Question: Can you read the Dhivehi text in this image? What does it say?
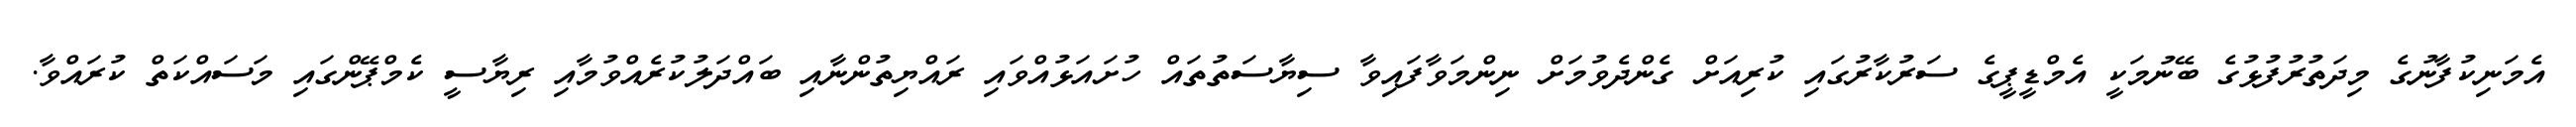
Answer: އެމަނިކުފާނުގެ މިދަތުރުފުޅުގެ ބޭނުމަކީ އެމްޑީޕީގެ ސަރުކާރުގައި ކުރިއަށް ގެންދެވުމަށް ނިންމަވާފައިވާ ސިޔާސަތުތައް ހުށައަޅުއްވައި ރައްޔިތުންނާއި ބައްދަލުކުރެއްވުމާއި ރިޔާސީ ކެމްޕޭންގައި މަސައްކަތް ކުރައްވާ.